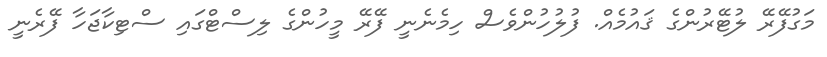
މަގުފޭރޭ ލުޓޭރުންގެ ޤައުމެއް. ފުލުހުންވެސް ހިމެނެނީ ފޭރޭ މީހުންގެ ލިސްޓްގައި ސްޓިކާޖަހާ ފޭރެނީ